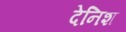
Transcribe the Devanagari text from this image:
देनिश